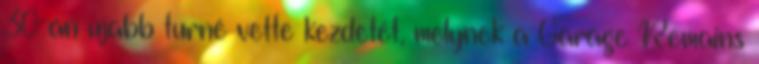
30-án újabb turné vette kezdetét, melynek a Garage Remains